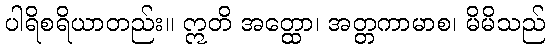
ပါရိစရိယာတည်း။ ဣတိ အတ္ထော၊ အတ္တကာမာစ၊ မိမိသည်